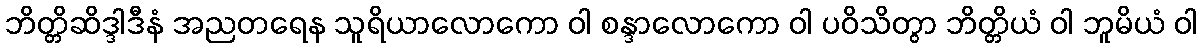
ဘိတ္တိဆိဒ္ဒါဒီနံ အညတရေန သူရိယာလောကော ဝါ စန္ဒာလောကော ဝါ ပဝိသိတွာ ဘိတ္တိယံ ဝါ ဘူမိယံ ဝါ